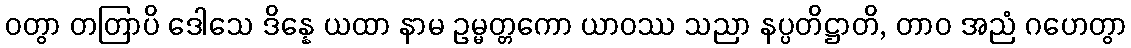
ဝတွာ တတြာပိ ဒေါသေ ဒိန္နေ ယထာ နာမ ဥမ္မတ္တကော ယာဝဿ သညာ နပ္ပတိဋ္ဌာတိ, တာဝ အညံ ဂဟေတွာ